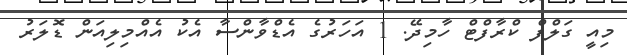
މިއީ ގަލްފް ކްރާފްޓް ހާމިދޭ. 1 އަހަރުގެ އެޑްވާންސާ އެކު އެއްމިލިއަން ޑޮލަރު